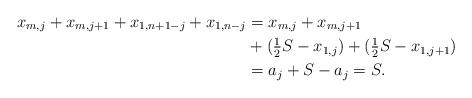
LaTeX: \begin{align*} x_{m,j} + x_{m,j+1} + x_{1,n+1-j} + x_{1,n-j} &=x_{m,j} + x_{m,j+1} \\ &+ (\tfrac{1}{2} S - x_{1,j}) + (\tfrac{1}{2} S - x_{1,j+1}) \\ &= a_j +S -a_j =S.\end{align*}